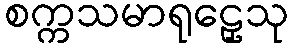
စက္ကသမာရုဠှေသု